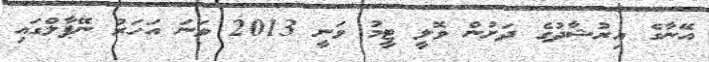
އޭނާގެ އިރުޝާދުގެ ދަށުން ވޮލީ ޓީމު ވަނީ 2013 ވަނަ އަހަރު ނޭޕާލްގައި